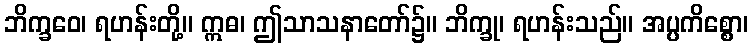
ဘိက္ခဝေ၊ ရဟန်းတို့။ ဣဓ၊ ဤသာသနာတော်၌။ ဘိက္ခု၊ ရဟန်းသည်။ အပ္ပကိစ္စော၊